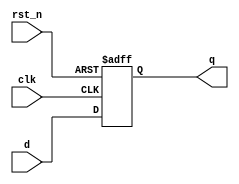
module r_d_ff(q,d, clk, rst_n);
    input d;
    input clk;
    input rst_n;
    output q;
    reg q;

    always @(posedge clk or negedge rst_n)
        if (!rst_n)
            q<=1'b1;
        else
            q<=d;

endmodule